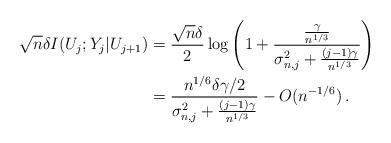
LaTeX: \begin{align*}\sqrt{n}\delta I(U_j;Y_j|U_{j+1})&=\frac{\sqrt{n}\delta}{2}\log\left(1+\frac{\frac{\gamma}{n^{1/3}}}{\sigma_{n,j}^2+\frac{(j-1)\gamma}{n^{1/3}}}\right)\\&=\frac{n^{1/6}\delta\gamma/2}{\sigma_{n, j}^2+ \frac{(j-1)\gamma}{n^{1/3}}} - O(n^{-1/6})\,.\end{align*}